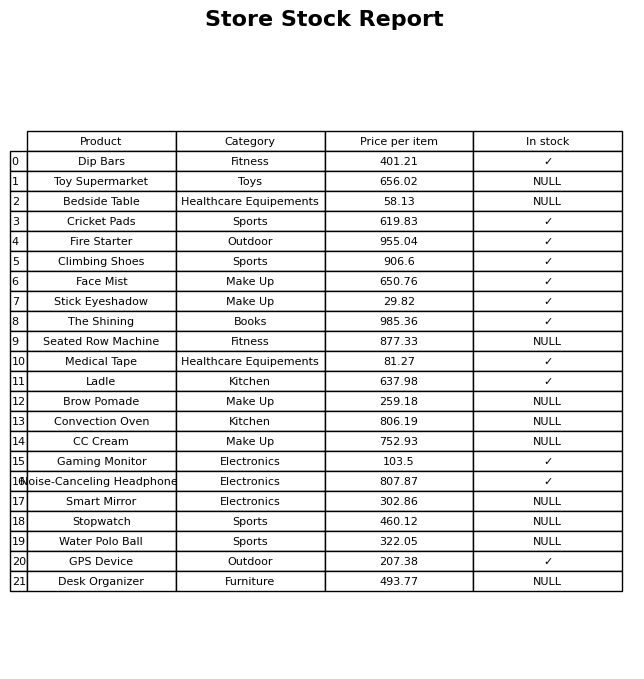
question: Is the GPS Device in stock?
answer: ✓